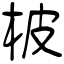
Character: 柀